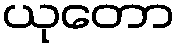
ယုတော